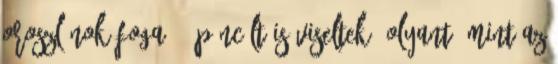
oroszlánok foga, 9 páncélt is viseltek, olyant, mint az